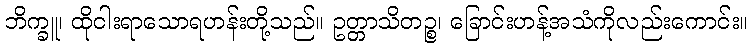
ဘိက္ခူ၊ ထိုငါးရာသောရဟန်းတို့သည်။ ဥတ္တာသိတဉ္စ၊ ခြောင်းဟန့်အသံကိုလည်းကောင်း။